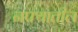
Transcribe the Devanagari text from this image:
नफ्यातील